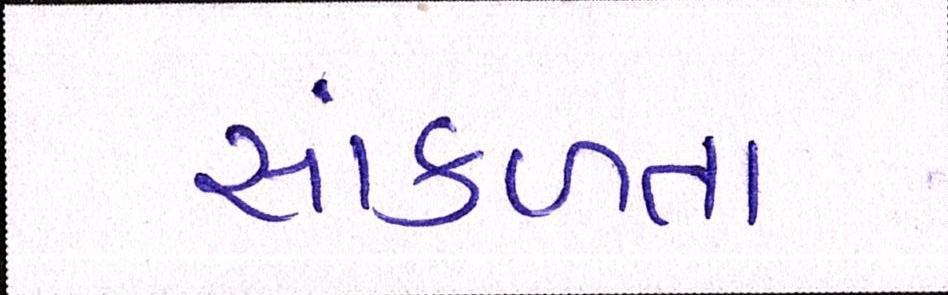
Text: સાંકળતા